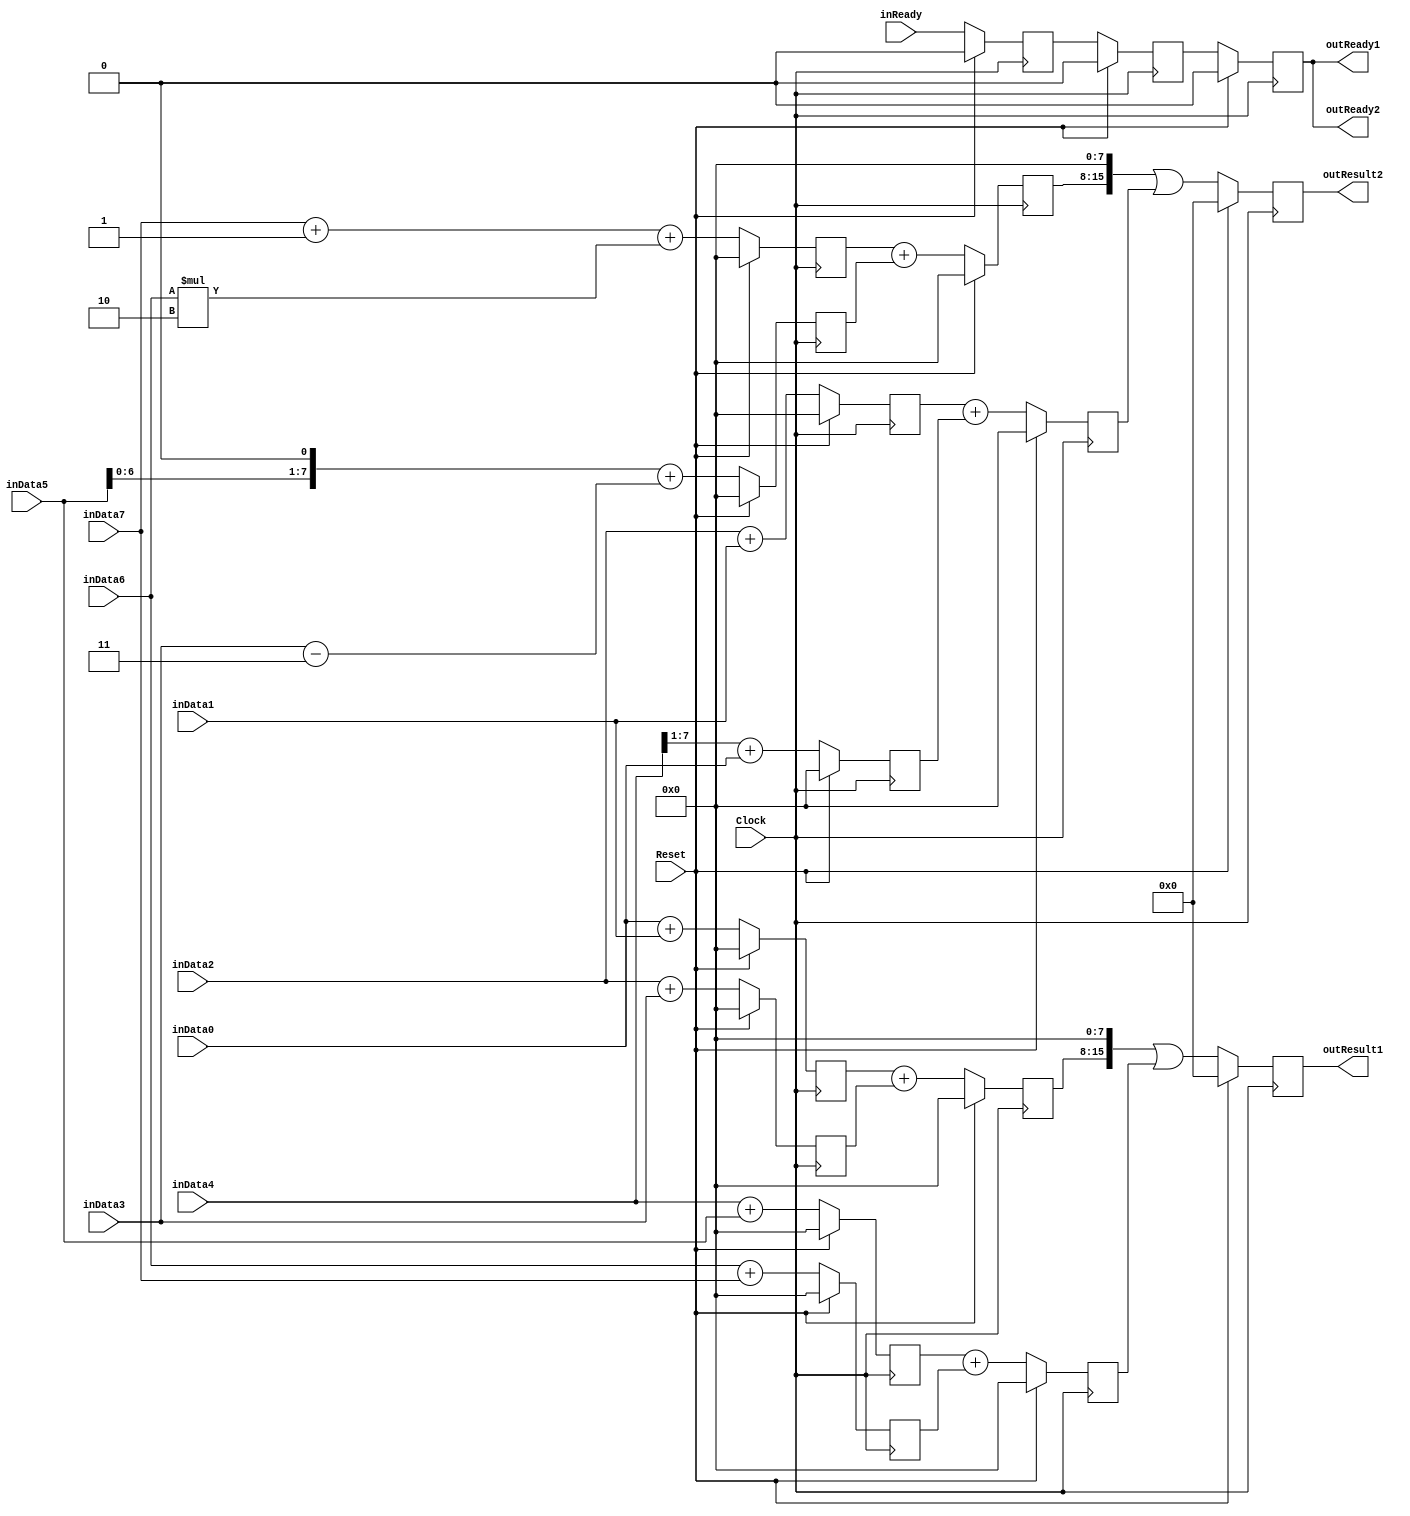
`timescale 1ns/1ps
`default_nettype none
// PLEASE READ THIS, IT MAY SAVE YOU SOME TIME AND MONEY, THANK YOU!
// * This file was generated by Quokka FPGA Toolkit.
// * Generated code is your property, do whatever you want with it
// * Place custom code between [BEGIN USER ***] and [END USER ***].
// * CAUTION: All code outside of [USER] scope is subject to regeneration.
// * Bad things happen sometimes in developer's life,
//   it is recommended to use source control management software (e.g. git, bzr etc) to keep your custom code safe'n'sound.
// * Internal structure of code is subject to change.
//   You can use some of signals in custom code, but most likely they will not exist in future (e.g. will get shorter or gone completely)
// * Please send your feedback, comments, improvement ideas etc. to evmuryshkin@gmail.com
// * Visit https://github.com/EvgenyMuryshkin/QuokkaEvaluation to access latest version of playground
//
// DISCLAIMER:
//   Code comes AS-IS, it is your responsibility to make sure it is working as expected
//   no responsibility will be taken for any loss or damage caused by use of Quokka toolkit.
//
// System configuration name is CustomSchedulePipelineModule_TopLevel, clock frequency is 1Hz, Top-level
// FSM summary
// -- Packages
module CustomSchedulePipelineModule_TopLevel
(
	// [BEGIN USER PORTS]
	// [END USER PORTS]
	input wire Clock,
	input wire Reset,
	input wire [7:0] inData0,
	input wire [7:0] inData1,
	input wire [7:0] inData2,
	input wire [7:0] inData3,
	input wire [7:0] inData4,
	input wire [7:0] inData5,
	input wire [7:0] inData6,
	input wire [7:0] inData7,
	input wire inReady,
	output wire outReady1,
	output wire outReady2,
	output wire [15:0] outResult1,
	output wire [15:0] outResult2
);
	// [BEGIN USER SIGNALS]
	// [END USER SIGNALS]
	localparam HiSignal = 1'b1;
	localparam LoSignal = 1'b0;
	wire Zero = 1'b0;
	wire One = 1'b1;
	wire true = 1'b1;
	wire false = 1'b0;
	wire [3: 0] Pipeline1_PipelineConfigurations_L38F60T61_Expr = 4'b1000;
	wire [3: 0] Pipeline2_PipelineConfigurations_L38F60T61_Expr = 4'b1000;
	wire CustomSchedulePipelineModule_L37F47T48_Expr = 1'b1;
	wire [1: 0] CustomSchedulePipelineModule_L38F47T48_Expr = 2'b10;
	wire CustomSchedulePipelineModule_L39F48T49_Expr = 1'b1;
	wire [1: 0] CustomSchedulePipelineModule_L40F47T48_Expr = 2'b11;
	wire CustomSchedulePipelineModule_L43F48T49_Expr = 1'b1;
	wire Inputs_inReady;
	reg Pipeline1_stage0_NextState_IsS0Ready;
	reg signed [31: 0] Pipeline1_stage0_NextState_sum01;
	reg signed [31: 0] Pipeline1_stage0_NextState_sum23;
	reg signed [31: 0] Pipeline1_stage0_NextState_sum45;
	reg signed [31: 0] Pipeline1_stage0_NextState_sum67;
	reg Pipeline1_stage1_NextState_IsS1Ready;
	reg signed [31: 0] Pipeline1_stage1_NextState_sum0123;
	reg signed [31: 0] Pipeline1_stage1_NextState_sum4567;
	reg Pipeline1_stage2_NextState_ready;
	reg [15: 0] Pipeline1_stage2_NextState_result;
	reg Pipeline2_stage0_NextState_IsS0Ready;
	reg signed [31: 0] Pipeline2_stage0_NextState_sum01;
	reg signed [31: 0] Pipeline2_stage0_NextState_sum23;
	reg signed [31: 0] Pipeline2_stage0_NextState_sum45;
	reg signed [31: 0] Pipeline2_stage0_NextState_sum67;
	reg Pipeline2_stage1_NextState_IsS1Ready;
	reg signed [31: 0] Pipeline2_stage1_NextState_sum0123;
	reg signed [31: 0] Pipeline2_stage1_NextState_sum4567;
	reg Pipeline2_stage2_NextState_ready;
	reg [15: 0] Pipeline2_stage2_NextState_result;
	wire Pipeline1_Inputs_inReady;
	wire Pipeline1_State_ready;
	wire [15: 0] Pipeline1_State_result;
	wire Pipeline1_NextState_ready;
	wire [15: 0] Pipeline1_NextState_result;
	wire [7: 0] Pipeline1_PipelineConfigurations_L38F40T56_Cast;
	wire [7: 0] Pipeline1_PipelineConfigurations_L38F65T81_Cast;
	wire [15: 0] Pipeline1_PipelineConfigurations_L38F30T82_Cast;
	wire Pipeline2_Inputs_inReady;
	wire Pipeline2_State_ready;
	wire [15: 0] Pipeline2_State_result;
	wire Pipeline2_NextState_ready;
	wire [15: 0] Pipeline2_NextState_result;
	wire [7: 0] Pipeline2_PipelineConfigurations_L38F40T56_Cast;
	wire [7: 0] Pipeline2_PipelineConfigurations_L38F65T81_Cast;
	wire [15: 0] Pipeline2_PipelineConfigurations_L38F30T82_Cast;
	wire [64: 0] CustomSchedulePipelineModule_L27F38L31T14_Object;
	wire [64: 0] CustomSchedulePipelineModule_L33F38L47T14_Object;
	wire [7: 0] CustomSchedulePipelineModule_L37F21T49_Cast;
	wire [7: 0] CustomSchedulePipelineModule_L38F21T49_Cast;
	wire [7: 0] CustomSchedulePipelineModule_L39F21T50_Cast;
	wire [7: 0] CustomSchedulePipelineModule_L40F21T49_Cast;
	wire [7: 0] CustomSchedulePipelineModule_L43F21T50_Cast;
	reg Pipeline1_stage0_State_IsS0Ready = 1'b0;
	wire Pipeline1_stage0_State_IsS0ReadyDefault = 1'b0;
	reg signed [31: 0] Pipeline1_stage0_State_sum01 = 32'b00000000000000000000000000000000;
	wire signed [31: 0] Pipeline1_stage0_State_sum01Default = 32'b00000000000000000000000000000000;
	reg signed [31: 0] Pipeline1_stage0_State_sum23 = 32'b00000000000000000000000000000000;
	wire signed [31: 0] Pipeline1_stage0_State_sum23Default = 32'b00000000000000000000000000000000;
	reg signed [31: 0] Pipeline1_stage0_State_sum45 = 32'b00000000000000000000000000000000;
	wire signed [31: 0] Pipeline1_stage0_State_sum45Default = 32'b00000000000000000000000000000000;
	reg signed [31: 0] Pipeline1_stage0_State_sum67 = 32'b00000000000000000000000000000000;
	wire signed [31: 0] Pipeline1_stage0_State_sum67Default = 32'b00000000000000000000000000000000;
	reg Pipeline1_stage1_State_IsS1Ready = 1'b0;
	wire Pipeline1_stage1_State_IsS1ReadyDefault = 1'b0;
	reg signed [31: 0] Pipeline1_stage1_State_sum0123 = 32'b00000000000000000000000000000000;
	wire signed [31: 0] Pipeline1_stage1_State_sum0123Default = 32'b00000000000000000000000000000000;
	reg signed [31: 0] Pipeline1_stage1_State_sum4567 = 32'b00000000000000000000000000000000;
	wire signed [31: 0] Pipeline1_stage1_State_sum4567Default = 32'b00000000000000000000000000000000;
	reg Pipeline1_stage2_State_ready = 1'b0;
	wire Pipeline1_stage2_State_readyDefault = 1'b0;
	reg [15: 0] Pipeline1_stage2_State_result = 16'b0000000000000000;
	wire [15: 0] Pipeline1_stage2_State_resultDefault = 16'b0000000000000000;
	reg Pipeline2_stage0_State_IsS0Ready = 1'b0;
	wire Pipeline2_stage0_State_IsS0ReadyDefault = 1'b0;
	reg signed [31: 0] Pipeline2_stage0_State_sum01 = 32'b00000000000000000000000000000000;
	wire signed [31: 0] Pipeline2_stage0_State_sum01Default = 32'b00000000000000000000000000000000;
	reg signed [31: 0] Pipeline2_stage0_State_sum23 = 32'b00000000000000000000000000000000;
	wire signed [31: 0] Pipeline2_stage0_State_sum23Default = 32'b00000000000000000000000000000000;
	reg signed [31: 0] Pipeline2_stage0_State_sum45 = 32'b00000000000000000000000000000000;
	wire signed [31: 0] Pipeline2_stage0_State_sum45Default = 32'b00000000000000000000000000000000;
	reg signed [31: 0] Pipeline2_stage0_State_sum67 = 32'b00000000000000000000000000000000;
	wire signed [31: 0] Pipeline2_stage0_State_sum67Default = 32'b00000000000000000000000000000000;
	reg Pipeline2_stage1_State_IsS1Ready = 1'b0;
	wire Pipeline2_stage1_State_IsS1ReadyDefault = 1'b0;
	reg signed [31: 0] Pipeline2_stage1_State_sum0123 = 32'b00000000000000000000000000000000;
	wire signed [31: 0] Pipeline2_stage1_State_sum0123Default = 32'b00000000000000000000000000000000;
	reg signed [31: 0] Pipeline2_stage1_State_sum4567 = 32'b00000000000000000000000000000000;
	wire signed [31: 0] Pipeline2_stage1_State_sum4567Default = 32'b00000000000000000000000000000000;
	reg Pipeline2_stage2_State_ready = 1'b0;
	wire Pipeline2_stage2_State_readyDefault = 1'b0;
	reg [15: 0] Pipeline2_stage2_State_result = 16'b0000000000000000;
	wire [15: 0] Pipeline2_stage2_State_resultDefault = 16'b0000000000000000;
	wire [15: 0] Pipeline1_PipelineConfigurations_L38F39T81_Expr;
	wire [15: 0] Pipeline1_PipelineConfigurations_L38F39T81_Expr_1;
	wire [15: 0] Pipeline1_PipelineConfigurations_L38F39T81_Expr_2;
	wire [15: 0] Pipeline1_PipelineConfigurations_L38F40T61_Expr;
	wire [15: 0] Pipeline1_PipelineConfigurations_L38F40T61_Expr_1;
	wire [15: 0] Pipeline2_PipelineConfigurations_L38F39T81_Expr;
	wire [15: 0] Pipeline2_PipelineConfigurations_L38F39T81_Expr_1;
	wire [15: 0] Pipeline2_PipelineConfigurations_L38F39T81_Expr_2;
	wire [15: 0] Pipeline2_PipelineConfigurations_L38F40T61_Expr;
	wire [15: 0] Pipeline2_PipelineConfigurations_L38F40T61_Expr_1;
	wire [7: 0] CustomSchedulePipelineModule_L39F28T49_Expr;
	wire [7: 0] CustomSchedulePipelineModule_L39F28T49_Expr_1;
	wire [63: 0] CustomSchedulePipelineModule_L43F28T49_Expr;
	wire [63: 0] CustomSchedulePipelineModule_L43F28T49_Expr_1;
	wire [9: 0] Pipeline1_PipelineConfigurations_L25F29T54_Expr;
	wire signed [9: 0] Pipeline1_PipelineConfigurations_L25F29T54_Expr_1;
	wire signed [9: 0] Pipeline1_PipelineConfigurations_L25F29T54_Expr_2;
	wire [9: 0] Pipeline1_PipelineConfigurations_L26F29T54_Expr;
	wire signed [9: 0] Pipeline1_PipelineConfigurations_L26F29T54_Expr_1;
	wire signed [9: 0] Pipeline1_PipelineConfigurations_L26F29T54_Expr_2;
	wire [9: 0] Pipeline1_PipelineConfigurations_L27F29T54_Expr;
	wire signed [9: 0] Pipeline1_PipelineConfigurations_L27F29T54_Expr_1;
	wire signed [9: 0] Pipeline1_PipelineConfigurations_L27F29T54_Expr_2;
	wire [9: 0] Pipeline1_PipelineConfigurations_L28F29T54_Expr;
	wire signed [9: 0] Pipeline1_PipelineConfigurations_L28F29T54_Expr_1;
	wire signed [9: 0] Pipeline1_PipelineConfigurations_L28F29T54_Expr_2;
	wire signed [32: 0] Pipeline1_PipelineConfigurations_L32F31T50_Expr;
	wire signed [32: 0] Pipeline1_PipelineConfigurations_L32F31T50_Expr_1;
	wire signed [32: 0] Pipeline1_PipelineConfigurations_L32F31T50_Expr_2;
	wire signed [32: 0] Pipeline1_PipelineConfigurations_L33F31T50_Expr;
	wire signed [32: 0] Pipeline1_PipelineConfigurations_L33F31T50_Expr_1;
	wire signed [32: 0] Pipeline1_PipelineConfigurations_L33F31T50_Expr_2;
	wire [9: 0] Pipeline2_PipelineConfigurations_L25F29T54_Expr;
	wire signed [9: 0] Pipeline2_PipelineConfigurations_L25F29T54_Expr_1;
	wire signed [9: 0] Pipeline2_PipelineConfigurations_L25F29T54_Expr_2;
	wire [9: 0] Pipeline2_PipelineConfigurations_L26F29T54_Expr;
	wire signed [9: 0] Pipeline2_PipelineConfigurations_L26F29T54_Expr_1;
	wire signed [9: 0] Pipeline2_PipelineConfigurations_L26F29T54_Expr_2;
	wire [9: 0] Pipeline2_PipelineConfigurations_L27F29T54_Expr;
	wire signed [9: 0] Pipeline2_PipelineConfigurations_L27F29T54_Expr_1;
	wire signed [9: 0] Pipeline2_PipelineConfigurations_L27F29T54_Expr_2;
	wire [9: 0] Pipeline2_PipelineConfigurations_L28F29T54_Expr;
	wire signed [9: 0] Pipeline2_PipelineConfigurations_L28F29T54_Expr_1;
	wire signed [9: 0] Pipeline2_PipelineConfigurations_L28F29T54_Expr_2;
	wire signed [32: 0] Pipeline2_PipelineConfigurations_L32F31T50_Expr;
	wire signed [32: 0] Pipeline2_PipelineConfigurations_L32F31T50_Expr_1;
	wire signed [32: 0] Pipeline2_PipelineConfigurations_L32F31T50_Expr_2;
	wire signed [32: 0] Pipeline2_PipelineConfigurations_L33F31T50_Expr;
	wire signed [32: 0] Pipeline2_PipelineConfigurations_L33F31T50_Expr_1;
	wire signed [32: 0] Pipeline2_PipelineConfigurations_L33F31T50_Expr_2;
	wire [9: 0] CustomSchedulePipelineModule_L37F28T48_Expr;
	wire signed [9: 0] CustomSchedulePipelineModule_L37F28T48_Expr_1;
	wire signed [9: 0] CustomSchedulePipelineModule_L37F28T48_Expr_2;
	wire [10: 0] CustomSchedulePipelineModule_L38F28T48_Expr;
	wire signed [10: 0] CustomSchedulePipelineModule_L38F28T48_Expr_1;
	wire signed [10: 0] CustomSchedulePipelineModule_L38F28T48_Expr_2;
	wire signed [9: 0] CustomSchedulePipelineModule_L40F28T48_Expr;
	wire signed [9: 0] CustomSchedulePipelineModule_L40F28T48_Expr_1;
	wire signed [9: 0] CustomSchedulePipelineModule_L40F28T48_Expr_2;
	wire [7 : 0] Inputs_inData [0 : 7];
	wire [7 : 0] Pipeline1_Inputs_inData [0 : 7];
	wire [7 : 0] Pipeline2_Inputs_inData [0 : 7];
	always @ (posedge Clock)
	begin
		if ((Reset == 1))
		begin
			Pipeline1_stage0_State_IsS0Ready <= Pipeline1_stage0_State_IsS0ReadyDefault;
			Pipeline1_stage0_State_sum01 <= Pipeline1_stage0_State_sum01Default;
			Pipeline1_stage0_State_sum23 <= Pipeline1_stage0_State_sum23Default;
			Pipeline1_stage0_State_sum45 <= Pipeline1_stage0_State_sum45Default;
			Pipeline1_stage0_State_sum67 <= Pipeline1_stage0_State_sum67Default;
			Pipeline1_stage1_State_IsS1Ready <= Pipeline1_stage1_State_IsS1ReadyDefault;
			Pipeline1_stage1_State_sum0123 <= Pipeline1_stage1_State_sum0123Default;
			Pipeline1_stage1_State_sum4567 <= Pipeline1_stage1_State_sum4567Default;
			Pipeline1_stage2_State_ready <= Pipeline1_stage2_State_readyDefault;
			Pipeline1_stage2_State_result <= Pipeline1_stage2_State_resultDefault;
			Pipeline2_stage0_State_IsS0Ready <= Pipeline2_stage0_State_IsS0ReadyDefault;
			Pipeline2_stage0_State_sum01 <= Pipeline2_stage0_State_sum01Default;
			Pipeline2_stage0_State_sum23 <= Pipeline2_stage0_State_sum23Default;
			Pipeline2_stage0_State_sum45 <= Pipeline2_stage0_State_sum45Default;
			Pipeline2_stage0_State_sum67 <= Pipeline2_stage0_State_sum67Default;
			Pipeline2_stage1_State_IsS1Ready <= Pipeline2_stage1_State_IsS1ReadyDefault;
			Pipeline2_stage1_State_sum0123 <= Pipeline2_stage1_State_sum0123Default;
			Pipeline2_stage1_State_sum4567 <= Pipeline2_stage1_State_sum4567Default;
			Pipeline2_stage2_State_ready <= Pipeline2_stage2_State_readyDefault;
			Pipeline2_stage2_State_result <= Pipeline2_stage2_State_resultDefault;
		end
		else
		begin
			Pipeline1_stage0_State_IsS0Ready <= Pipeline1_stage0_NextState_IsS0Ready;
			Pipeline1_stage0_State_sum01 <= Pipeline1_stage0_NextState_sum01;
			Pipeline1_stage0_State_sum23 <= Pipeline1_stage0_NextState_sum23;
			Pipeline1_stage0_State_sum45 <= Pipeline1_stage0_NextState_sum45;
			Pipeline1_stage0_State_sum67 <= Pipeline1_stage0_NextState_sum67;
			Pipeline1_stage1_State_IsS1Ready <= Pipeline1_stage1_NextState_IsS1Ready;
			Pipeline1_stage1_State_sum0123 <= Pipeline1_stage1_NextState_sum0123;
			Pipeline1_stage1_State_sum4567 <= Pipeline1_stage1_NextState_sum4567;
			Pipeline1_stage2_State_ready <= Pipeline1_stage2_NextState_ready;
			Pipeline1_stage2_State_result <= Pipeline1_stage2_NextState_result;
			Pipeline2_stage0_State_IsS0Ready <= Pipeline2_stage0_NextState_IsS0Ready;
			Pipeline2_stage0_State_sum01 <= Pipeline2_stage0_NextState_sum01;
			Pipeline2_stage0_State_sum23 <= Pipeline2_stage0_NextState_sum23;
			Pipeline2_stage0_State_sum45 <= Pipeline2_stage0_NextState_sum45;
			Pipeline2_stage0_State_sum67 <= Pipeline2_stage0_NextState_sum67;
			Pipeline2_stage1_State_IsS1Ready <= Pipeline2_stage1_NextState_IsS1Ready;
			Pipeline2_stage1_State_sum0123 <= Pipeline2_stage1_NextState_sum0123;
			Pipeline2_stage1_State_sum4567 <= Pipeline2_stage1_NextState_sum4567;
			Pipeline2_stage2_State_ready <= Pipeline2_stage2_NextState_ready;
			Pipeline2_stage2_State_result <= Pipeline2_stage2_NextState_result;
		end
	end
	assign Pipeline1_PipelineConfigurations_L38F39T81_Expr = Pipeline1_PipelineConfigurations_L38F39T81_Expr_1 | Pipeline1_PipelineConfigurations_L38F39T81_Expr_2;
	assign Pipeline1_PipelineConfigurations_L38F40T61_Expr[0] = 0;
	assign Pipeline1_PipelineConfigurations_L38F40T61_Expr[1] = 0;
	assign Pipeline1_PipelineConfigurations_L38F40T61_Expr[2] = 0;
	assign Pipeline1_PipelineConfigurations_L38F40T61_Expr[3] = 0;
	assign Pipeline1_PipelineConfigurations_L38F40T61_Expr[4] = 0;
	assign Pipeline1_PipelineConfigurations_L38F40T61_Expr[5] = 0;
	assign Pipeline1_PipelineConfigurations_L38F40T61_Expr[6] = 0;
	assign Pipeline1_PipelineConfigurations_L38F40T61_Expr[7] = 0;
	assign Pipeline1_PipelineConfigurations_L38F40T61_Expr[8] = Pipeline1_PipelineConfigurations_L38F40T61_Expr_1[0];
	assign Pipeline1_PipelineConfigurations_L38F40T61_Expr[9] = Pipeline1_PipelineConfigurations_L38F40T61_Expr_1[1];
	assign Pipeline1_PipelineConfigurations_L38F40T61_Expr[10] = Pipeline1_PipelineConfigurations_L38F40T61_Expr_1[2];
	assign Pipeline1_PipelineConfigurations_L38F40T61_Expr[11] = Pipeline1_PipelineConfigurations_L38F40T61_Expr_1[3];
	assign Pipeline1_PipelineConfigurations_L38F40T61_Expr[12] = Pipeline1_PipelineConfigurations_L38F40T61_Expr_1[4];
	assign Pipeline1_PipelineConfigurations_L38F40T61_Expr[13] = Pipeline1_PipelineConfigurations_L38F40T61_Expr_1[5];
	assign Pipeline1_PipelineConfigurations_L38F40T61_Expr[14] = Pipeline1_PipelineConfigurations_L38F40T61_Expr_1[6];
	assign Pipeline1_PipelineConfigurations_L38F40T61_Expr[15] = Pipeline1_PipelineConfigurations_L38F40T61_Expr_1[7];
	assign Pipeline2_PipelineConfigurations_L38F39T81_Expr = Pipeline2_PipelineConfigurations_L38F39T81_Expr_1 | Pipeline2_PipelineConfigurations_L38F39T81_Expr_2;
	assign Pipeline2_PipelineConfigurations_L38F40T61_Expr[0] = 0;
	assign Pipeline2_PipelineConfigurations_L38F40T61_Expr[1] = 0;
	assign Pipeline2_PipelineConfigurations_L38F40T61_Expr[2] = 0;
	assign Pipeline2_PipelineConfigurations_L38F40T61_Expr[3] = 0;
	assign Pipeline2_PipelineConfigurations_L38F40T61_Expr[4] = 0;
	assign Pipeline2_PipelineConfigurations_L38F40T61_Expr[5] = 0;
	assign Pipeline2_PipelineConfigurations_L38F40T61_Expr[6] = 0;
	assign Pipeline2_PipelineConfigurations_L38F40T61_Expr[7] = 0;
	assign Pipeline2_PipelineConfigurations_L38F40T61_Expr[8] = Pipeline2_PipelineConfigurations_L38F40T61_Expr_1[0];
	assign Pipeline2_PipelineConfigurations_L38F40T61_Expr[9] = Pipeline2_PipelineConfigurations_L38F40T61_Expr_1[1];
	assign Pipeline2_PipelineConfigurations_L38F40T61_Expr[10] = Pipeline2_PipelineConfigurations_L38F40T61_Expr_1[2];
	assign Pipeline2_PipelineConfigurations_L38F40T61_Expr[11] = Pipeline2_PipelineConfigurations_L38F40T61_Expr_1[3];
	assign Pipeline2_PipelineConfigurations_L38F40T61_Expr[12] = Pipeline2_PipelineConfigurations_L38F40T61_Expr_1[4];
	assign Pipeline2_PipelineConfigurations_L38F40T61_Expr[13] = Pipeline2_PipelineConfigurations_L38F40T61_Expr_1[5];
	assign Pipeline2_PipelineConfigurations_L38F40T61_Expr[14] = Pipeline2_PipelineConfigurations_L38F40T61_Expr_1[6];
	assign Pipeline2_PipelineConfigurations_L38F40T61_Expr[15] = Pipeline2_PipelineConfigurations_L38F40T61_Expr_1[7];
	assign CustomSchedulePipelineModule_L39F28T49_Expr[0] = 0;
	assign CustomSchedulePipelineModule_L39F28T49_Expr[1] = CustomSchedulePipelineModule_L39F28T49_Expr_1[0];
	assign CustomSchedulePipelineModule_L39F28T49_Expr[2] = CustomSchedulePipelineModule_L39F28T49_Expr_1[1];
	assign CustomSchedulePipelineModule_L39F28T49_Expr[3] = CustomSchedulePipelineModule_L39F28T49_Expr_1[2];
	assign CustomSchedulePipelineModule_L39F28T49_Expr[4] = CustomSchedulePipelineModule_L39F28T49_Expr_1[3];
	assign CustomSchedulePipelineModule_L39F28T49_Expr[5] = CustomSchedulePipelineModule_L39F28T49_Expr_1[4];
	assign CustomSchedulePipelineModule_L39F28T49_Expr[6] = CustomSchedulePipelineModule_L39F28T49_Expr_1[5];
	assign CustomSchedulePipelineModule_L39F28T49_Expr[7] = CustomSchedulePipelineModule_L39F28T49_Expr_1[6];
	// Output: CustomSchedulePipelineModule_L43F28T49_Expr, Width: 64, ShiftBy: 1, Sources: 1
	assign CustomSchedulePipelineModule_L43F28T49_Expr[0] = CustomSchedulePipelineModule_L43F28T49_Expr_1[1];
	assign CustomSchedulePipelineModule_L43F28T49_Expr[1] = CustomSchedulePipelineModule_L43F28T49_Expr_1[2];
	assign CustomSchedulePipelineModule_L43F28T49_Expr[2] = CustomSchedulePipelineModule_L43F28T49_Expr_1[3];
	assign CustomSchedulePipelineModule_L43F28T49_Expr[3] = CustomSchedulePipelineModule_L43F28T49_Expr_1[4];
	assign CustomSchedulePipelineModule_L43F28T49_Expr[4] = CustomSchedulePipelineModule_L43F28T49_Expr_1[5];
	assign CustomSchedulePipelineModule_L43F28T49_Expr[5] = CustomSchedulePipelineModule_L43F28T49_Expr_1[6];
	assign CustomSchedulePipelineModule_L43F28T49_Expr[6] = CustomSchedulePipelineModule_L43F28T49_Expr_1[7];
	assign CustomSchedulePipelineModule_L43F28T49_Expr[7] = 0;
	assign CustomSchedulePipelineModule_L43F28T49_Expr[8] = 0;
	assign CustomSchedulePipelineModule_L43F28T49_Expr[9] = 0;
	assign CustomSchedulePipelineModule_L43F28T49_Expr[10] = 0;
	assign CustomSchedulePipelineModule_L43F28T49_Expr[11] = 0;
	assign CustomSchedulePipelineModule_L43F28T49_Expr[12] = 0;
	assign CustomSchedulePipelineModule_L43F28T49_Expr[13] = 0;
	assign CustomSchedulePipelineModule_L43F28T49_Expr[14] = 0;
	assign CustomSchedulePipelineModule_L43F28T49_Expr[15] = 0;
	assign CustomSchedulePipelineModule_L43F28T49_Expr[16] = 0;
	assign CustomSchedulePipelineModule_L43F28T49_Expr[17] = 0;
	assign CustomSchedulePipelineModule_L43F28T49_Expr[18] = 0;
	assign CustomSchedulePipelineModule_L43F28T49_Expr[19] = 0;
	assign CustomSchedulePipelineModule_L43F28T49_Expr[20] = 0;
	assign CustomSchedulePipelineModule_L43F28T49_Expr[21] = 0;
	assign CustomSchedulePipelineModule_L43F28T49_Expr[22] = 0;
	assign CustomSchedulePipelineModule_L43F28T49_Expr[23] = 0;
	assign CustomSchedulePipelineModule_L43F28T49_Expr[24] = 0;
	assign CustomSchedulePipelineModule_L43F28T49_Expr[25] = 0;
	assign CustomSchedulePipelineModule_L43F28T49_Expr[26] = 0;
	assign CustomSchedulePipelineModule_L43F28T49_Expr[27] = 0;
	assign CustomSchedulePipelineModule_L43F28T49_Expr[28] = 0;
	assign CustomSchedulePipelineModule_L43F28T49_Expr[29] = 0;
	assign CustomSchedulePipelineModule_L43F28T49_Expr[30] = 0;
	assign CustomSchedulePipelineModule_L43F28T49_Expr[31] = 0;
	assign CustomSchedulePipelineModule_L43F28T49_Expr[32] = 0;
	assign CustomSchedulePipelineModule_L43F28T49_Expr[33] = 0;
	assign CustomSchedulePipelineModule_L43F28T49_Expr[34] = 0;
	assign CustomSchedulePipelineModule_L43F28T49_Expr[35] = 0;
	assign CustomSchedulePipelineModule_L43F28T49_Expr[36] = 0;
	assign CustomSchedulePipelineModule_L43F28T49_Expr[37] = 0;
	assign CustomSchedulePipelineModule_L43F28T49_Expr[38] = 0;
	assign CustomSchedulePipelineModule_L43F28T49_Expr[39] = 0;
	assign CustomSchedulePipelineModule_L43F28T49_Expr[40] = 0;
	assign CustomSchedulePipelineModule_L43F28T49_Expr[41] = 0;
	assign CustomSchedulePipelineModule_L43F28T49_Expr[42] = 0;
	assign CustomSchedulePipelineModule_L43F28T49_Expr[43] = 0;
	assign CustomSchedulePipelineModule_L43F28T49_Expr[44] = 0;
	assign CustomSchedulePipelineModule_L43F28T49_Expr[45] = 0;
	assign CustomSchedulePipelineModule_L43F28T49_Expr[46] = 0;
	assign CustomSchedulePipelineModule_L43F28T49_Expr[47] = 0;
	assign CustomSchedulePipelineModule_L43F28T49_Expr[48] = 0;
	assign CustomSchedulePipelineModule_L43F28T49_Expr[49] = 0;
	assign CustomSchedulePipelineModule_L43F28T49_Expr[50] = 0;
	assign CustomSchedulePipelineModule_L43F28T49_Expr[51] = 0;
	assign CustomSchedulePipelineModule_L43F28T49_Expr[52] = 0;
	assign CustomSchedulePipelineModule_L43F28T49_Expr[53] = 0;
	assign CustomSchedulePipelineModule_L43F28T49_Expr[54] = 0;
	assign CustomSchedulePipelineModule_L43F28T49_Expr[55] = 0;
	assign CustomSchedulePipelineModule_L43F28T49_Expr[56] = 0;
	assign CustomSchedulePipelineModule_L43F28T49_Expr[57] = 0;
	assign CustomSchedulePipelineModule_L43F28T49_Expr[58] = 0;
	assign CustomSchedulePipelineModule_L43F28T49_Expr[59] = 0;
	assign CustomSchedulePipelineModule_L43F28T49_Expr[60] = 0;
	assign CustomSchedulePipelineModule_L43F28T49_Expr[61] = 0;
	assign CustomSchedulePipelineModule_L43F28T49_Expr[62] = 0;
	assign CustomSchedulePipelineModule_L43F28T49_Expr[63] = 0;
	assign Pipeline1_PipelineConfigurations_L25F29T54_Expr = Pipeline1_PipelineConfigurations_L25F29T54_Expr_1 + Pipeline1_PipelineConfigurations_L25F29T54_Expr_2;
	assign Pipeline1_PipelineConfigurations_L26F29T54_Expr = Pipeline1_PipelineConfigurations_L26F29T54_Expr_1 + Pipeline1_PipelineConfigurations_L26F29T54_Expr_2;
	assign Pipeline1_PipelineConfigurations_L27F29T54_Expr = Pipeline1_PipelineConfigurations_L27F29T54_Expr_1 + Pipeline1_PipelineConfigurations_L27F29T54_Expr_2;
	assign Pipeline1_PipelineConfigurations_L28F29T54_Expr = Pipeline1_PipelineConfigurations_L28F29T54_Expr_1 + Pipeline1_PipelineConfigurations_L28F29T54_Expr_2;
	assign Pipeline1_PipelineConfigurations_L32F31T50_Expr = Pipeline1_PipelineConfigurations_L32F31T50_Expr_1 + Pipeline1_PipelineConfigurations_L32F31T50_Expr_2;
	assign Pipeline1_PipelineConfigurations_L33F31T50_Expr = Pipeline1_PipelineConfigurations_L33F31T50_Expr_1 + Pipeline1_PipelineConfigurations_L33F31T50_Expr_2;
	assign Pipeline2_PipelineConfigurations_L25F29T54_Expr = Pipeline2_PipelineConfigurations_L25F29T54_Expr_1 + Pipeline2_PipelineConfigurations_L25F29T54_Expr_2;
	assign Pipeline2_PipelineConfigurations_L26F29T54_Expr = Pipeline2_PipelineConfigurations_L26F29T54_Expr_1 + Pipeline2_PipelineConfigurations_L26F29T54_Expr_2;
	assign Pipeline2_PipelineConfigurations_L27F29T54_Expr = Pipeline2_PipelineConfigurations_L27F29T54_Expr_1 + Pipeline2_PipelineConfigurations_L27F29T54_Expr_2;
	assign Pipeline2_PipelineConfigurations_L28F29T54_Expr = Pipeline2_PipelineConfigurations_L28F29T54_Expr_1 + Pipeline2_PipelineConfigurations_L28F29T54_Expr_2;
	assign Pipeline2_PipelineConfigurations_L32F31T50_Expr = Pipeline2_PipelineConfigurations_L32F31T50_Expr_1 + Pipeline2_PipelineConfigurations_L32F31T50_Expr_2;
	assign Pipeline2_PipelineConfigurations_L33F31T50_Expr = Pipeline2_PipelineConfigurations_L33F31T50_Expr_1 + Pipeline2_PipelineConfigurations_L33F31T50_Expr_2;
	assign CustomSchedulePipelineModule_L37F28T48_Expr = CustomSchedulePipelineModule_L37F28T48_Expr_1 + CustomSchedulePipelineModule_L37F28T48_Expr_2;
	assign CustomSchedulePipelineModule_L38F28T48_Expr = CustomSchedulePipelineModule_L38F28T48_Expr_1 * CustomSchedulePipelineModule_L38F28T48_Expr_2;
	assign CustomSchedulePipelineModule_L40F28T48_Expr = CustomSchedulePipelineModule_L40F28T48_Expr_1 - CustomSchedulePipelineModule_L40F28T48_Expr_2;
	always @ (*)
	begin
		Pipeline1_stage0_NextState_IsS0Ready = Pipeline1_stage0_State_IsS0Ready;
		Pipeline1_stage0_NextState_sum01 = Pipeline1_stage0_State_sum01;
		Pipeline1_stage0_NextState_sum23 = Pipeline1_stage0_State_sum23;
		Pipeline1_stage0_NextState_sum45 = Pipeline1_stage0_State_sum45;
		Pipeline1_stage0_NextState_sum67 = Pipeline1_stage0_State_sum67;
		Pipeline1_stage1_NextState_IsS1Ready = Pipeline1_stage1_State_IsS1Ready;
		Pipeline1_stage1_NextState_sum0123 = Pipeline1_stage1_State_sum0123;
		Pipeline1_stage1_NextState_sum4567 = Pipeline1_stage1_State_sum4567;
		Pipeline1_stage2_NextState_ready = Pipeline1_stage2_State_ready;
		Pipeline1_stage2_NextState_result = Pipeline1_stage2_State_result;
		Pipeline2_stage0_NextState_IsS0Ready = Pipeline2_stage0_State_IsS0Ready;
		Pipeline2_stage0_NextState_sum01 = Pipeline2_stage0_State_sum01;
		Pipeline2_stage0_NextState_sum23 = Pipeline2_stage0_State_sum23;
		Pipeline2_stage0_NextState_sum45 = Pipeline2_stage0_State_sum45;
		Pipeline2_stage0_NextState_sum67 = Pipeline2_stage0_State_sum67;
		Pipeline2_stage1_NextState_IsS1Ready = Pipeline2_stage1_State_IsS1Ready;
		Pipeline2_stage1_NextState_sum0123 = Pipeline2_stage1_State_sum0123;
		Pipeline2_stage1_NextState_sum4567 = Pipeline2_stage1_State_sum4567;
		Pipeline2_stage2_NextState_ready = Pipeline2_stage2_State_ready;
		Pipeline2_stage2_NextState_result = Pipeline2_stage2_State_result;
		Pipeline1_stage0_NextState_IsS0Ready = Pipeline1_Inputs_inReady;
		Pipeline1_stage0_NextState_sum01 = {
			{22{1'b0}},
			Pipeline1_PipelineConfigurations_L25F29T54_Expr
		}
		;
		Pipeline1_stage0_NextState_sum23 = {
			{22{1'b0}},
			Pipeline1_PipelineConfigurations_L26F29T54_Expr
		}
		;
		Pipeline1_stage0_NextState_sum45 = {
			{22{1'b0}},
			Pipeline1_PipelineConfigurations_L27F29T54_Expr
		}
		;
		Pipeline1_stage0_NextState_sum67 = {
			{22{1'b0}},
			Pipeline1_PipelineConfigurations_L28F29T54_Expr
		}
		;
		Pipeline1_stage1_NextState_IsS1Ready = Pipeline1_stage0_State_IsS0Ready;
		Pipeline1_stage1_NextState_sum0123 = Pipeline1_PipelineConfigurations_L32F31T50_Expr[31:0];
		Pipeline1_stage1_NextState_sum4567 = Pipeline1_PipelineConfigurations_L33F31T50_Expr[31:0];
		Pipeline1_stage2_NextState_ready = Pipeline1_stage1_State_IsS1Ready;
		Pipeline1_stage2_NextState_result = Pipeline1_PipelineConfigurations_L38F30T82_Cast;
		Pipeline2_stage0_NextState_IsS0Ready = Pipeline2_Inputs_inReady;
		Pipeline2_stage0_NextState_sum01 = {
			{22{1'b0}},
			Pipeline2_PipelineConfigurations_L25F29T54_Expr
		}
		;
		Pipeline2_stage0_NextState_sum23 = {
			{22{1'b0}},
			Pipeline2_PipelineConfigurations_L26F29T54_Expr
		}
		;
		Pipeline2_stage0_NextState_sum45 = {
			{22{1'b0}},
			Pipeline2_PipelineConfigurations_L27F29T54_Expr
		}
		;
		Pipeline2_stage0_NextState_sum67 = {
			{22{1'b0}},
			Pipeline2_PipelineConfigurations_L28F29T54_Expr
		}
		;
		Pipeline2_stage1_NextState_IsS1Ready = Pipeline2_stage0_State_IsS0Ready;
		Pipeline2_stage1_NextState_sum0123 = Pipeline2_PipelineConfigurations_L32F31T50_Expr[31:0];
		Pipeline2_stage1_NextState_sum4567 = Pipeline2_PipelineConfigurations_L33F31T50_Expr[31:0];
		Pipeline2_stage2_NextState_ready = Pipeline2_stage1_State_IsS1Ready;
		Pipeline2_stage2_NextState_result = Pipeline2_PipelineConfigurations_L38F30T82_Cast;
	end
	assign Pipeline1_PipelineConfigurations_L38F39T81_Expr_1 = Pipeline1_PipelineConfigurations_L38F40T61_Expr;
	assign Pipeline1_PipelineConfigurations_L38F39T81_Expr_2 = {
		{8{1'b0}},
		Pipeline1_PipelineConfigurations_L38F65T81_Cast
	}
	;
	assign Pipeline1_PipelineConfigurations_L38F40T61_Expr_1 = {
		{8{1'b0}},
		Pipeline1_PipelineConfigurations_L38F40T56_Cast
	}
	;
	assign Pipeline2_PipelineConfigurations_L38F39T81_Expr_1 = Pipeline2_PipelineConfigurations_L38F40T61_Expr;
	assign Pipeline2_PipelineConfigurations_L38F39T81_Expr_2 = {
		{8{1'b0}},
		Pipeline2_PipelineConfigurations_L38F65T81_Cast
	}
	;
	assign Pipeline2_PipelineConfigurations_L38F40T61_Expr_1 = {
		{8{1'b0}},
		Pipeline2_PipelineConfigurations_L38F40T56_Cast
	}
	;
	assign CustomSchedulePipelineModule_L39F28T49_Expr_1 = Inputs_inData[5];
	assign CustomSchedulePipelineModule_L43F28T49_Expr_1 = {
		{56{1'b0}},
		Inputs_inData[4]
	}
	;
	assign Pipeline1_PipelineConfigurations_L25F29T54_Expr_1 = {
		{2{1'b0}},
		Pipeline1_Inputs_inData[0]
	}
	;
	assign Pipeline1_PipelineConfigurations_L25F29T54_Expr_2 = {
		{2{1'b0}},
		Pipeline1_Inputs_inData[1]
	}
	;
	assign Pipeline1_PipelineConfigurations_L26F29T54_Expr_1 = {
		{2{1'b0}},
		Pipeline1_Inputs_inData[2]
	}
	;
	assign Pipeline1_PipelineConfigurations_L26F29T54_Expr_2 = {
		{2{1'b0}},
		Pipeline1_Inputs_inData[3]
	}
	;
	assign Pipeline1_PipelineConfigurations_L27F29T54_Expr_1 = {
		{2{1'b0}},
		Pipeline1_Inputs_inData[4]
	}
	;
	assign Pipeline1_PipelineConfigurations_L27F29T54_Expr_2 = {
		{2{1'b0}},
		Pipeline1_Inputs_inData[5]
	}
	;
	assign Pipeline1_PipelineConfigurations_L28F29T54_Expr_1 = {
		{2{1'b0}},
		Pipeline1_Inputs_inData[6]
	}
	;
	assign Pipeline1_PipelineConfigurations_L28F29T54_Expr_2 = {
		{2{1'b0}},
		Pipeline1_Inputs_inData[7]
	}
	;
	assign Pipeline1_PipelineConfigurations_L32F31T50_Expr_1 = {
		Pipeline1_stage0_State_sum01[31],
		Pipeline1_stage0_State_sum01
	}
	;
	assign Pipeline1_PipelineConfigurations_L32F31T50_Expr_2 = {
		Pipeline1_stage0_State_sum23[31],
		Pipeline1_stage0_State_sum23
	}
	;
	assign Pipeline1_PipelineConfigurations_L33F31T50_Expr_1 = {
		Pipeline1_stage0_State_sum45[31],
		Pipeline1_stage0_State_sum45
	}
	;
	assign Pipeline1_PipelineConfigurations_L33F31T50_Expr_2 = {
		Pipeline1_stage0_State_sum67[31],
		Pipeline1_stage0_State_sum67
	}
	;
	assign Pipeline2_PipelineConfigurations_L25F29T54_Expr_1 = {
		{2{1'b0}},
		Pipeline2_Inputs_inData[0]
	}
	;
	assign Pipeline2_PipelineConfigurations_L25F29T54_Expr_2 = {
		{2{1'b0}},
		Pipeline2_Inputs_inData[1]
	}
	;
	assign Pipeline2_PipelineConfigurations_L26F29T54_Expr_1 = {
		{2{1'b0}},
		Pipeline2_Inputs_inData[2]
	}
	;
	assign Pipeline2_PipelineConfigurations_L26F29T54_Expr_2 = {
		{2{1'b0}},
		Pipeline2_Inputs_inData[3]
	}
	;
	assign Pipeline2_PipelineConfigurations_L27F29T54_Expr_1 = {
		{2{1'b0}},
		Pipeline2_Inputs_inData[4]
	}
	;
	assign Pipeline2_PipelineConfigurations_L27F29T54_Expr_2 = {
		{2{1'b0}},
		Pipeline2_Inputs_inData[5]
	}
	;
	assign Pipeline2_PipelineConfigurations_L28F29T54_Expr_1 = {
		{2{1'b0}},
		Pipeline2_Inputs_inData[6]
	}
	;
	assign Pipeline2_PipelineConfigurations_L28F29T54_Expr_2 = {
		{2{1'b0}},
		Pipeline2_Inputs_inData[7]
	}
	;
	assign Pipeline2_PipelineConfigurations_L32F31T50_Expr_1 = {
		Pipeline2_stage0_State_sum01[31],
		Pipeline2_stage0_State_sum01
	}
	;
	assign Pipeline2_PipelineConfigurations_L32F31T50_Expr_2 = {
		Pipeline2_stage0_State_sum23[31],
		Pipeline2_stage0_State_sum23
	}
	;
	assign Pipeline2_PipelineConfigurations_L33F31T50_Expr_1 = {
		Pipeline2_stage0_State_sum45[31],
		Pipeline2_stage0_State_sum45
	}
	;
	assign Pipeline2_PipelineConfigurations_L33F31T50_Expr_2 = {
		Pipeline2_stage0_State_sum67[31],
		Pipeline2_stage0_State_sum67
	}
	;
	assign CustomSchedulePipelineModule_L37F28T48_Expr_1 = {
		{2{1'b0}},
		Inputs_inData[7]
	}
	;
	assign CustomSchedulePipelineModule_L37F28T48_Expr_2 = {
		{9{1'b0}},
		CustomSchedulePipelineModule_L37F47T48_Expr
	}
	;
	assign CustomSchedulePipelineModule_L38F28T48_Expr_1 = {
		{3{1'b0}},
		Inputs_inData[6]
	}
	;
	assign CustomSchedulePipelineModule_L38F28T48_Expr_2 = {
		{9{1'b0}},
		CustomSchedulePipelineModule_L38F47T48_Expr
	}
	;
	assign CustomSchedulePipelineModule_L40F28T48_Expr_1 = {
		{2{1'b0}},
		Inputs_inData[3]
	}
	;
	assign CustomSchedulePipelineModule_L40F28T48_Expr_2 = {
		{8{1'b0}},
		CustomSchedulePipelineModule_L40F47T48_Expr
	}
	;
	assign Inputs_inData[0] = inData0;
	assign Inputs_inData[1] = inData1;
	assign Inputs_inData[2] = inData2;
	assign Inputs_inData[3] = inData3;
	assign Inputs_inData[4] = inData4;
	assign Inputs_inData[5] = inData5;
	assign Inputs_inData[6] = inData6;
	assign Inputs_inData[7] = inData7;
	assign Inputs_inReady = inReady;
	assign Pipeline1_State_ready = Pipeline1_stage2_State_ready;
	assign Pipeline1_State_result = Pipeline1_stage2_State_result;
	assign Pipeline1_NextState_ready = Pipeline1_stage2_NextState_ready;
	assign Pipeline1_NextState_result = Pipeline1_stage2_NextState_result;
	assign Pipeline1_PipelineConfigurations_L38F40T56_Cast = Pipeline1_stage1_State_sum0123[7:0];
	assign Pipeline1_PipelineConfigurations_L38F65T81_Cast = Pipeline1_stage1_State_sum4567[7:0];
	assign Pipeline1_PipelineConfigurations_L38F30T82_Cast = Pipeline1_PipelineConfigurations_L38F39T81_Expr;
	assign Pipeline2_State_ready = Pipeline2_stage2_State_ready;
	assign Pipeline2_State_result = Pipeline2_stage2_State_result;
	assign Pipeline2_NextState_ready = Pipeline2_stage2_NextState_ready;
	assign Pipeline2_NextState_result = Pipeline2_stage2_NextState_result;
	assign Pipeline2_PipelineConfigurations_L38F40T56_Cast = Pipeline2_stage1_State_sum0123[7:0];
	assign Pipeline2_PipelineConfigurations_L38F65T81_Cast = Pipeline2_stage1_State_sum4567[7:0];
	assign Pipeline2_PipelineConfigurations_L38F30T82_Cast = Pipeline2_PipelineConfigurations_L38F39T81_Expr;
	assign outReady1 = Pipeline1_State_ready;
	assign outReady2 = Pipeline2_State_ready;
	assign outResult1 = Pipeline1_State_result;
	assign outResult2 = Pipeline2_State_result;
	assign CustomSchedulePipelineModule_L27F38L31T14_Object[63:0] = {
		Inputs_inData[7],
		Inputs_inData[6],
		Inputs_inData[5],
		Inputs_inData[4],
		Inputs_inData[3],
		Inputs_inData[2],
		Inputs_inData[1],
		Inputs_inData[0]
	}
	;
	assign CustomSchedulePipelineModule_L27F38L31T14_Object[64] = Inputs_inReady;
	assign Pipeline1_Inputs_inReady = CustomSchedulePipelineModule_L27F38L31T14_Object[64];
	assign Pipeline1_Inputs_inData[7] = CustomSchedulePipelineModule_L27F38L31T14_Object[63:56];
	assign Pipeline1_Inputs_inData[6] = CustomSchedulePipelineModule_L27F38L31T14_Object[55:48];
	assign Pipeline1_Inputs_inData[5] = CustomSchedulePipelineModule_L27F38L31T14_Object[47:40];
	assign Pipeline1_Inputs_inData[4] = CustomSchedulePipelineModule_L27F38L31T14_Object[39:32];
	assign Pipeline1_Inputs_inData[3] = CustomSchedulePipelineModule_L27F38L31T14_Object[31:24];
	assign Pipeline1_Inputs_inData[2] = CustomSchedulePipelineModule_L27F38L31T14_Object[23:16];
	assign Pipeline1_Inputs_inData[1] = CustomSchedulePipelineModule_L27F38L31T14_Object[15:8];
	assign Pipeline1_Inputs_inData[0] = CustomSchedulePipelineModule_L27F38L31T14_Object[7:0];
	assign CustomSchedulePipelineModule_L37F21T49_Cast = CustomSchedulePipelineModule_L37F28T48_Expr[7:0];
	assign CustomSchedulePipelineModule_L38F21T49_Cast = CustomSchedulePipelineModule_L38F28T48_Expr[7:0];
	assign CustomSchedulePipelineModule_L39F21T50_Cast = CustomSchedulePipelineModule_L39F28T49_Expr;
	assign CustomSchedulePipelineModule_L40F21T49_Cast = CustomSchedulePipelineModule_L40F28T48_Expr[7:0];
	assign CustomSchedulePipelineModule_L43F21T50_Cast = CustomSchedulePipelineModule_L43F28T49_Expr[7:0];
	assign CustomSchedulePipelineModule_L33F38L47T14_Object[63:0] = {
		Inputs_inData[0],
		CustomSchedulePipelineModule_L43F21T50_Cast,
		Inputs_inData[1],
		Inputs_inData[2],
		CustomSchedulePipelineModule_L40F21T49_Cast,
		CustomSchedulePipelineModule_L39F21T50_Cast,
		CustomSchedulePipelineModule_L38F21T49_Cast,
		CustomSchedulePipelineModule_L37F21T49_Cast
	}
	;
	assign CustomSchedulePipelineModule_L33F38L47T14_Object[64] = Inputs_inReady;
	assign Pipeline2_Inputs_inReady = CustomSchedulePipelineModule_L33F38L47T14_Object[64];
	assign Pipeline2_Inputs_inData[7] = CustomSchedulePipelineModule_L33F38L47T14_Object[63:56];
	assign Pipeline2_Inputs_inData[6] = CustomSchedulePipelineModule_L33F38L47T14_Object[55:48];
	assign Pipeline2_Inputs_inData[5] = CustomSchedulePipelineModule_L33F38L47T14_Object[47:40];
	assign Pipeline2_Inputs_inData[4] = CustomSchedulePipelineModule_L33F38L47T14_Object[39:32];
	assign Pipeline2_Inputs_inData[3] = CustomSchedulePipelineModule_L33F38L47T14_Object[31:24];
	assign Pipeline2_Inputs_inData[2] = CustomSchedulePipelineModule_L33F38L47T14_Object[23:16];
	assign Pipeline2_Inputs_inData[1] = CustomSchedulePipelineModule_L33F38L47T14_Object[15:8];
	assign Pipeline2_Inputs_inData[0] = CustomSchedulePipelineModule_L33F38L47T14_Object[7:0];
	// [BEGIN USER ARCHITECTURE]
	// [END USER ARCHITECTURE]
endmodule